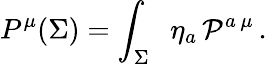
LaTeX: P^{\mu}(\Sigma)=\int_{\Sigma}\; \; \eta_{a}\, {\cal P}^{a\, \mu}\, .